Medical and sanitary report of the native army of Bengal for the year
Year: 1876
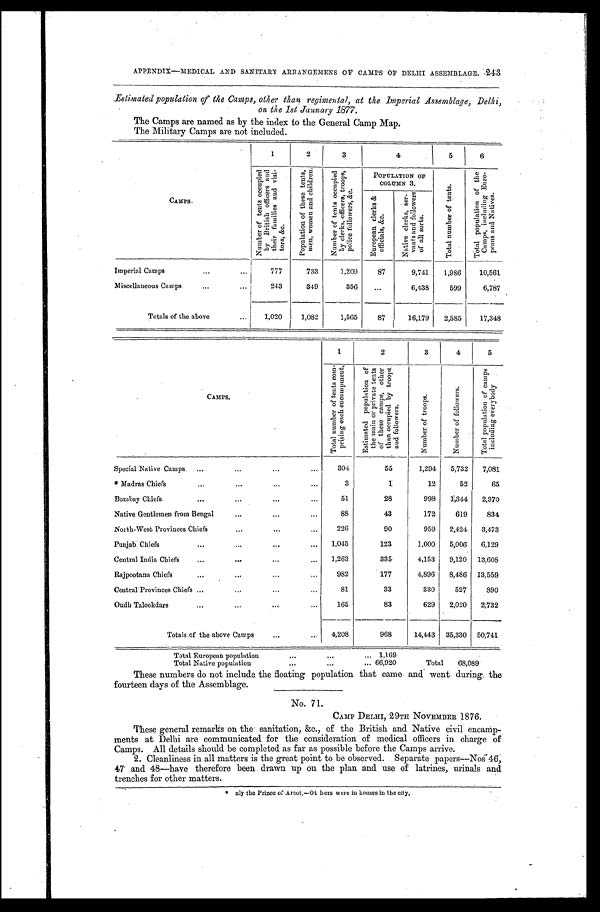
243
APPENDIX--MEDICAL AND SANITARY ARBANGEMENS OE CAMPS OF DELHI ASSEMBLAGE.
Estimated population of the Camps, other than regimental, at the Imperial Assemblage, Delhi,
on the 1st January 1877.
The Camps are named as by the index to the General Camp Map,
The Military Camps are not included.
CAMPS.
1
2
3
4 5
6
N u m b e r o f t e n t s o c c u p i e d b y B r i t i s h o f f i c e r s a n d t h e i r
P o p u l a t i o n o f t h e s e t e n t s , m e n , w o m e n a n d c h i l d r e n .
N u m b e r o f t e n t s o c c u p i e d b y c l r k s , o f f i c e r s , t r o o p s , p o l i c e f o l l o w e r s , & c .
POPULATION OF COLUMN 3.
T o t a l n u m b e r o f t e n t s .
T o t a l p o p u l a t i o n o f t h e C a m p s , i n c l u d i n g E u r o p e n n s a n d N a t i v e s .
E u r o p e a n c l e r k s & o f f i c i a l s , & c .
N a t i v e c l e r k s , s e r - v a n t s a n d s o r t s .
Imperial Camps
7 7 7
7 3 3
1 , 2 0 9
8 7
9 , 7 4 1
1 , 9 8 6
1 0 , 5 6 1
Miscellaneous Camps
2 4 3
3 4 9
3 5 6
. . .
6 , 4 3 3
5 9 9
6 , 7 8 7
T o y a l s o f t h e a b o v e
1 , 0 2 0
1 , 0 8 2
1 , 5 6 5
8 7
1 6 , 1 7 9
2,585
1 7 , 3 4 8
CAMPS.
1
2
3
4
5
T o t a l n u m b e r o f t e n t s c o m p r i s i n g e a c h e n c a m p m e n t .
E s t i m a t e d p o p u l a t i o n o f t h e m a i n o r p r i v a t e t e n t s o f t h e s e c a m p s , o t h e r t h a n o c c u p i e d b y t r o o p s a n d f o l l o w e r s .
N u m b e r o f t r o o p s .
N u m b e r o f f o l l o w e r s .
T o t a l p o p u l a t i o n o f c a m p s i n c l u d i n g e v e r y b o d y .
S p e c i a l N a t i v e C a m p s
3 0 4
5 5
1 , 2 9 4
5 , 7 3 2
7 , 0 8 1
* Madras Chiefs
3
1
1 2
5 2
6 5
Bombay Chiefs
5 1
2 8
9 9 8
1 , 3 4 4
2 , 3 7 0
Native Gentlemen from Bengal
8 8
4 3
1 7 2
6 1 9
8 3 4
North-West Provinces Chiefs
2 2 6
9 0
9 5 9
2 , 4 2 4
3 , 4 7 3
Punjab Chiefs
1 , 0 4 5
1 2 3
1 , 0 0 0
5 , 0 0 6
6 , 1 2 9
Central India Chiefs
1 , 2 6 3
3 3 5
4 , 1 5 3
9 , 1 2 0
1 3 , 6 0 8
Rajpootana Chiefs
9 8 2
1 7 7
4 , 8 9 6
8 , 4 8 6
1 3 , 5 5 9
Central Provinces Chiefs
8 1
3 3
3 3 0
5 2 7
8 9 0
Oudh Talookdars
1 6 5
8 3
6 2 9
2 , 0 2 0
2 , 7 3 2
T o t a l s o f t h e a b o v e C a m p s
4 , 2 0 8
9 6 8
1 4 , 4 4 3
3 5 , 3 3 0
5 0 , 7 4 1
T o t a l e E u r o p e a n p o p u l a t i o n
1 , 1 6 9
T o t a l
6 8 , 0 8 9
T o t a l N a t i v e p o p u l a t i o n
6 6 , 9 2 0
These numbers do not include. the floating population that came and went during the
fourteen days of the Assemblage.
No. 71.
CAMP DELHI, 29TH NOVEMBER 1876.
These general remarks on the sanitation, &c., of the British and Native civil encamp-
ments at Delhi are communicated for the consideration of medical officers in charge of
Camps. All details should be completed as far as possible before the Camps arrive.
2. Cleanliness in all matters is the great point to be observed. Separate papers---Nos 46,
47 and 48-have therefore been drawn up on the plan and use of latrines, urinals and
trenches for other matters.
* n l y t h e P r i n c e o f A r c o t - o t h e r s w e r e i n h o u s e s i n t h e c i t y .